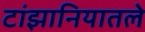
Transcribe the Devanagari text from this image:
टांझानियातले